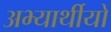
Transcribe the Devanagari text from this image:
अभ्यार्थीयों